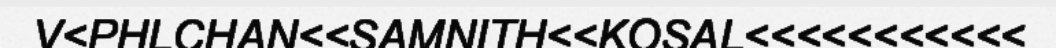
V<PHLCHAN<<SAMNITH<<KOSAL<<<<<<<<<<<